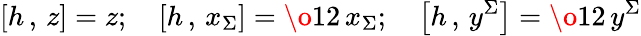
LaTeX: \left[h\, ,\, z\right]=z;\quad\left[h\, ,\, x_{\Sigma}\right]={\o{1}{2}}\, x_{\Sigma};\quad\left[h\, ,\, y^{\Sigma}\right]={\o{1}{2}}\, y^{\Sigma}